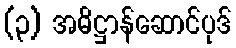
(၃) အဓိဋ္ဌာန်ဆောင်ပုဒ်